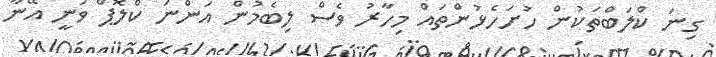
ގިނަ ކްލަބްތަކުން ހުށަހެޅުންތައް މިހާރު ވެސް ލިބެމުން އަންނަ ކްލޮޕް ވަނީ އޭނާ